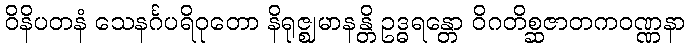
ဝိနိပတနံ သေနင်္ဂပရိဝုတော နိရုဇ္ဈမာနန္တိ ဥဒ္ဓရန္တော ဝိဂတိစ္ဆဇာတကဝဏ္ဏနာ